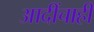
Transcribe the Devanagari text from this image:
आदींचाही